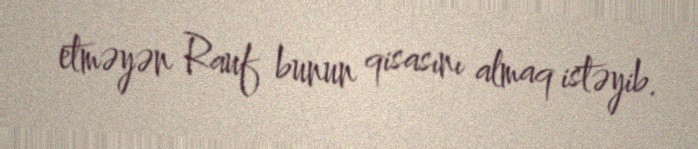
etməyən Rauf bunun qisasını almaq istəyib.